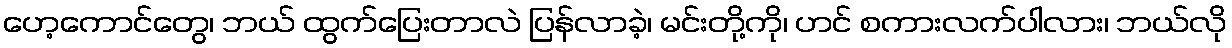
ဟေ့ကောင်တွေ၊ ဘယ် ထွက်ပြေးတာလဲ ပြန်လာခဲ့၊ မင်းတို့ကို၊ ဟင် စကားလက်ပါလား၊ ဘယ်လို